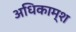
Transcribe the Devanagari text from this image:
अधिकाम्श